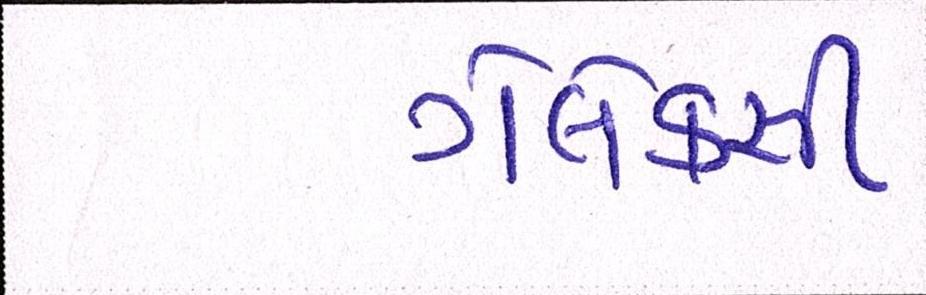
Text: ગેલેક્સી